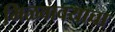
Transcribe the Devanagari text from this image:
मिळवावयाचा